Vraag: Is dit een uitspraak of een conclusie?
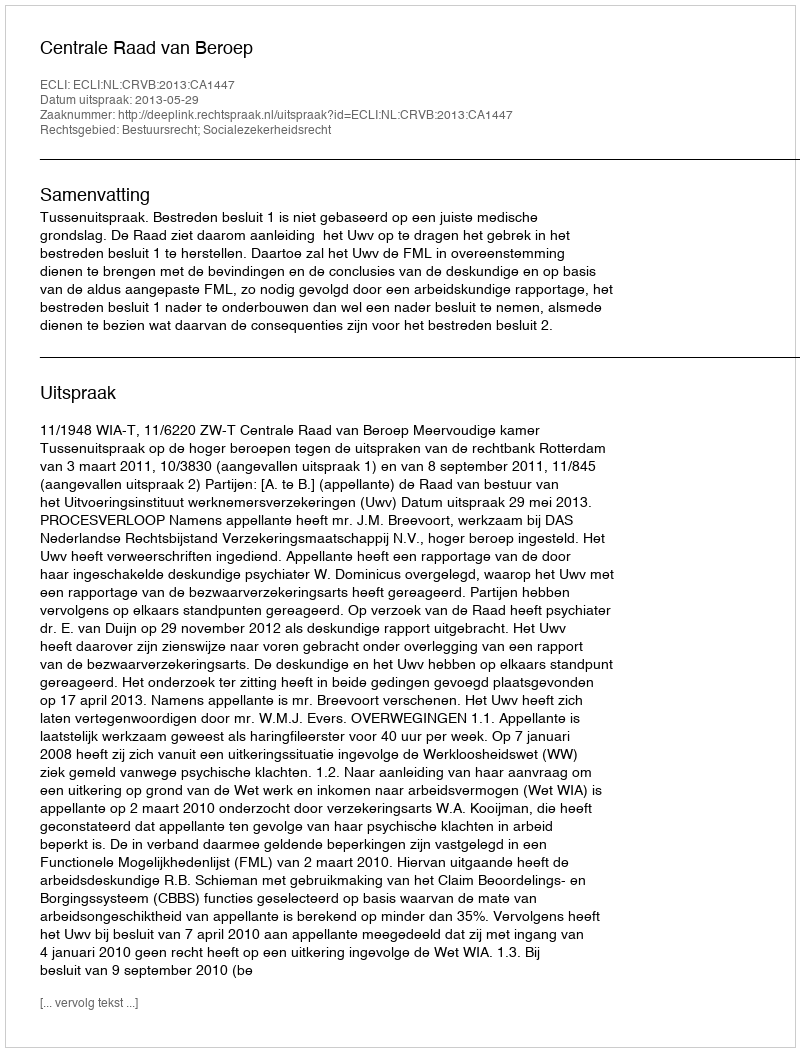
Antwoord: Uitspraak